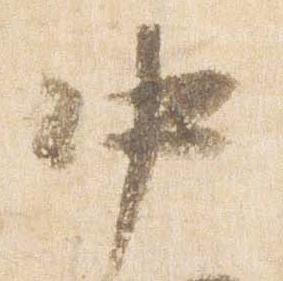
中